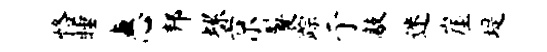
恪睡惠邦螺京鬟踪亍敲迷崖堤